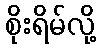
စိုးရိမ်လို့